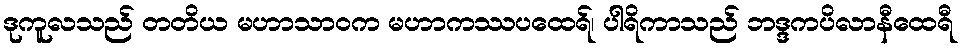
ဒုကူလသည် တတိယ မဟာသာဝက မဟာကဿပထေရ်၊ ပါရိကာသည် ဘဒ္ဒကပိလာနီထေရီ